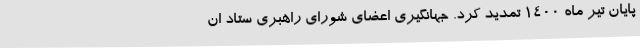
پایان تیر ماه ۱۴۰۰ تمدید کرد. جهانگیری اعضای شورای راهبری ستاد ان